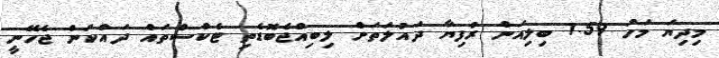
މިދިޔަ މަހު 1.59 ބިލިއަން ރުފިޔާ ދައުލަތަށް ލިބިއްޖެބޮޑެތި ޓެކްސްތައް ދައްކަން ޖެހޭނީ